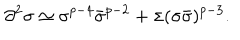
LaTeX: \partial ^ { 2 } \sigma \simeq \sigma ^ { p - 4 } \bar { \sigma } ^ { p - 2 } + \sigma ( \sigma \bar { \sigma } ) ^ { p - 3 } .